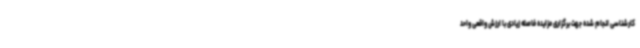
کارشناسی انجام شده جهت برگزاری مزایده فاصله زیادی با ارزش واقعی واحد